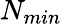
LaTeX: N_{min}